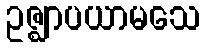
ဥဇ္ဈာပယာမသေ